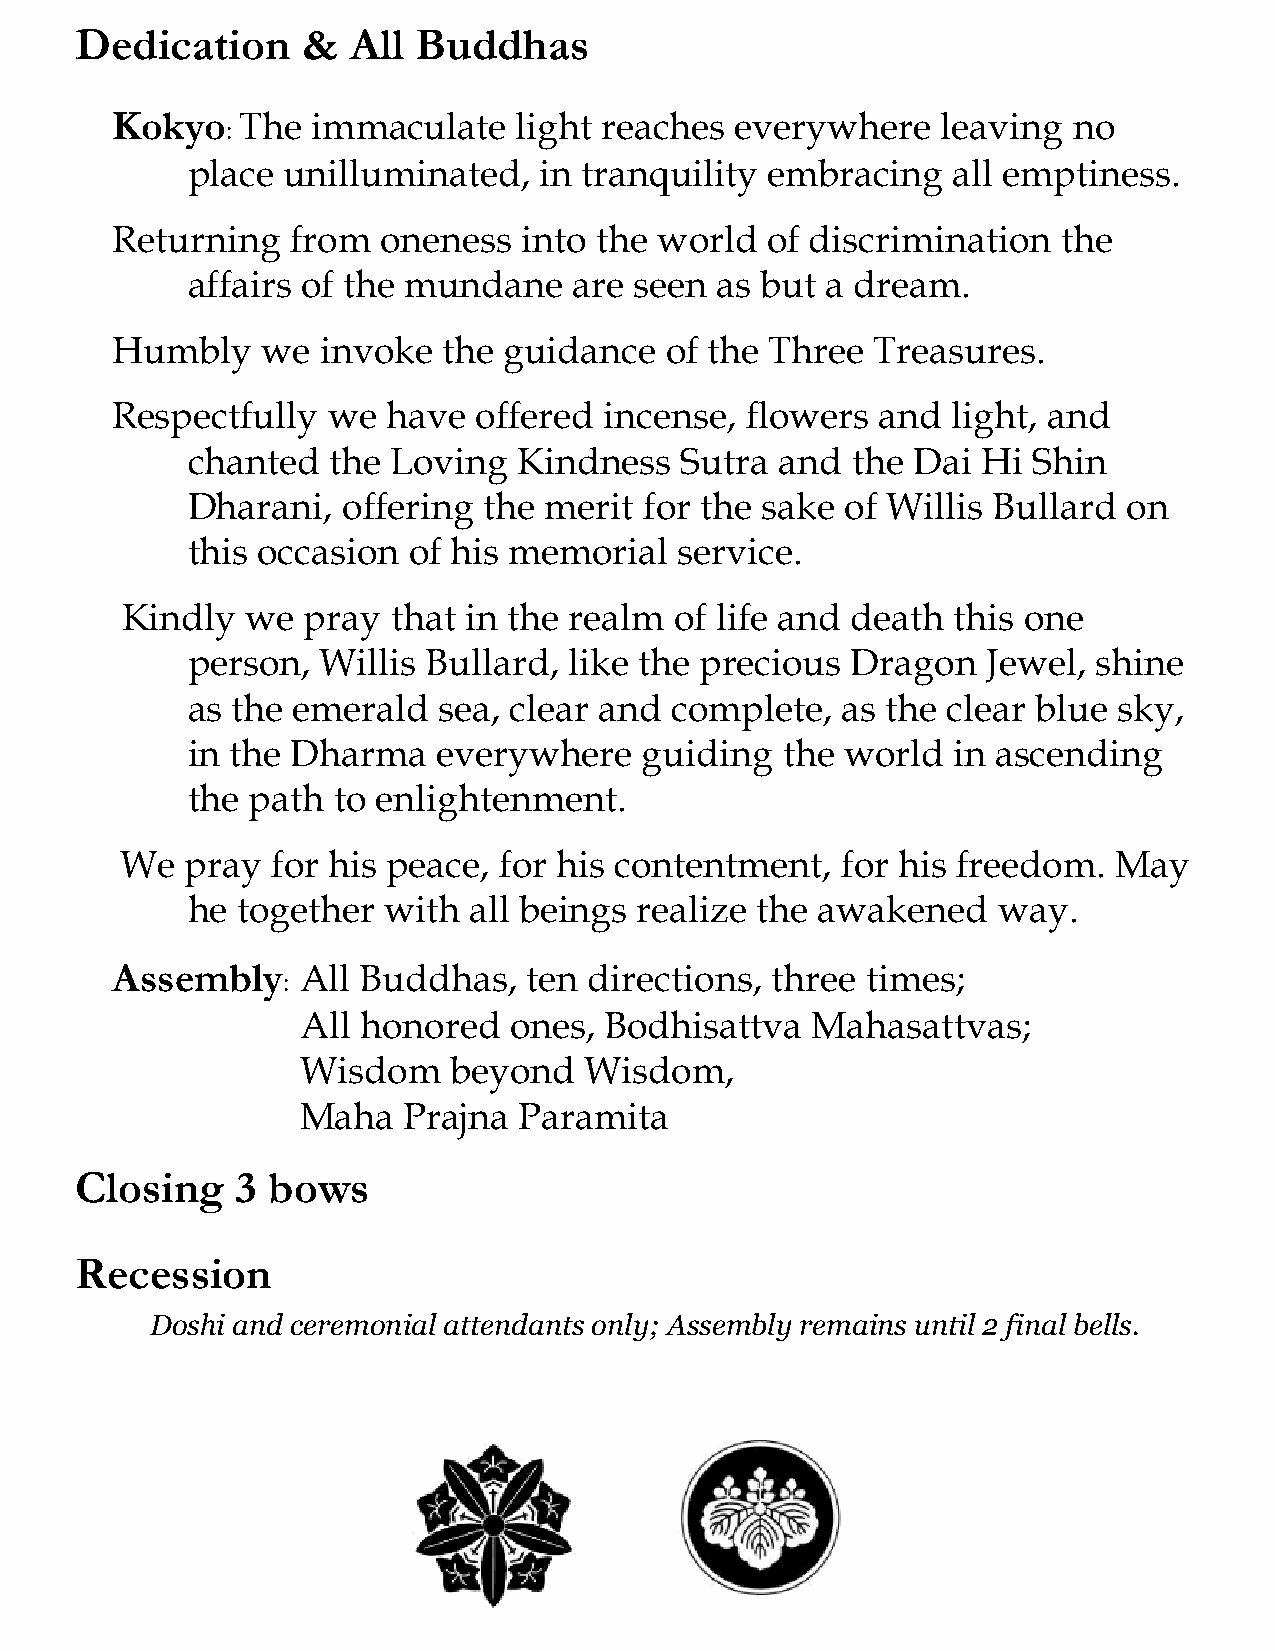
Dedication     &  All Buddhas
 Kokyo   : The immaculate   light reaches  everywhere   leaving  no
 ​ ​
 place  unilluminated,   in tranquility embracing   all emptiness.
 Returning   from  oneness   into the world  of discrimination  the
 affairs of the mundane    are seen as but  a dream.
 Humbly    we  invoke  the guidance   of the Three  Treasures.
 Respectfully   we  have offered  incense, flowers  and  light, and
 chanted   the Loving  Kindness   Sutra  and the Dai  Hi Shin
 Dharani,   offering the merit  for the sake of Willis Bullard  on
 this occasion  of his memorial   service.
 Kindly  we  pray  that in the realm  of life and death this one
 ​
 person,  Willis Bullard,  like the precious Dragon   Jewel,  shine
 as the emerald   sea, clear and complete,   as the clear blue sky,
 in the Dharma    everywhere    guiding  the world  in ascending
 the path  to enlightenment.
 We  pray  for his peace, for his contentment,   for his freedom.  May
 he  together with  all beings realize the awakened    way.
 Assembly    : All Buddhas,  ten directions, three times;
 ​
 All honored   ones, Bodhisattva   Mahasattvas;
 Wisdom    beyond   Wisdom,
 Maha   Prajna Paramita
 Closing    3 bows
 Recession
 Doshi and ceremonial attendants only; Assembly remains until 2 final bells.